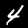
Digit: 4